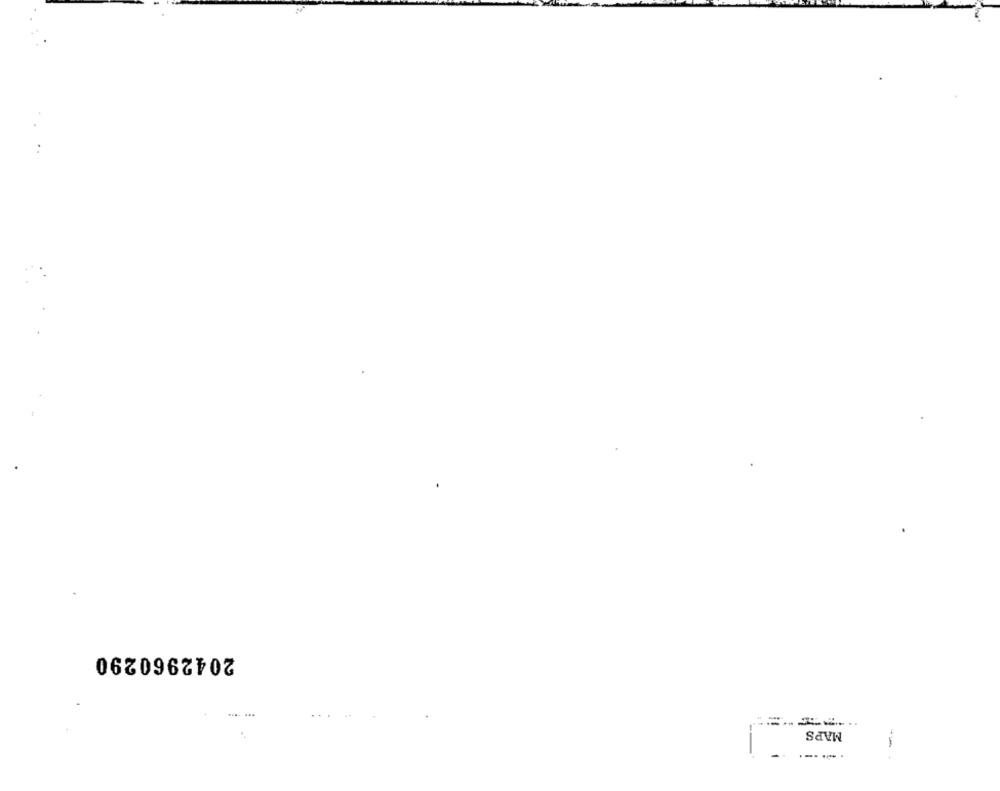
2042960290
MAPS
.-...